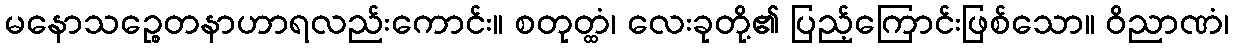
မနောသဉ္စေတနာဟာရလည်းကောင်း။ စတုတ္ထံ၊ လေးခုတို့၏ ပြည့်ကြောင်းဖြစ်သော။ ဝိညာဏံ၊